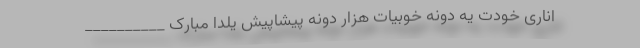
اناری خودت یه دونه خوبیات هزار دونه پیشاپیش یلدا مبارک __________